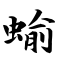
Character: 蝓